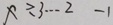
x \div 3 \cdots 2 - 1